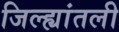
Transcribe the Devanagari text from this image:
जिल्ह्यांतली